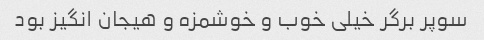
سوپر برگر خیلی خوب و خوشمزه و هیجان انگیز بود